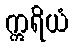
ဣရိယံ